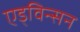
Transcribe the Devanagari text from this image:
एड्विन्सन